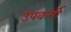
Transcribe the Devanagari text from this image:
उपकर्मी